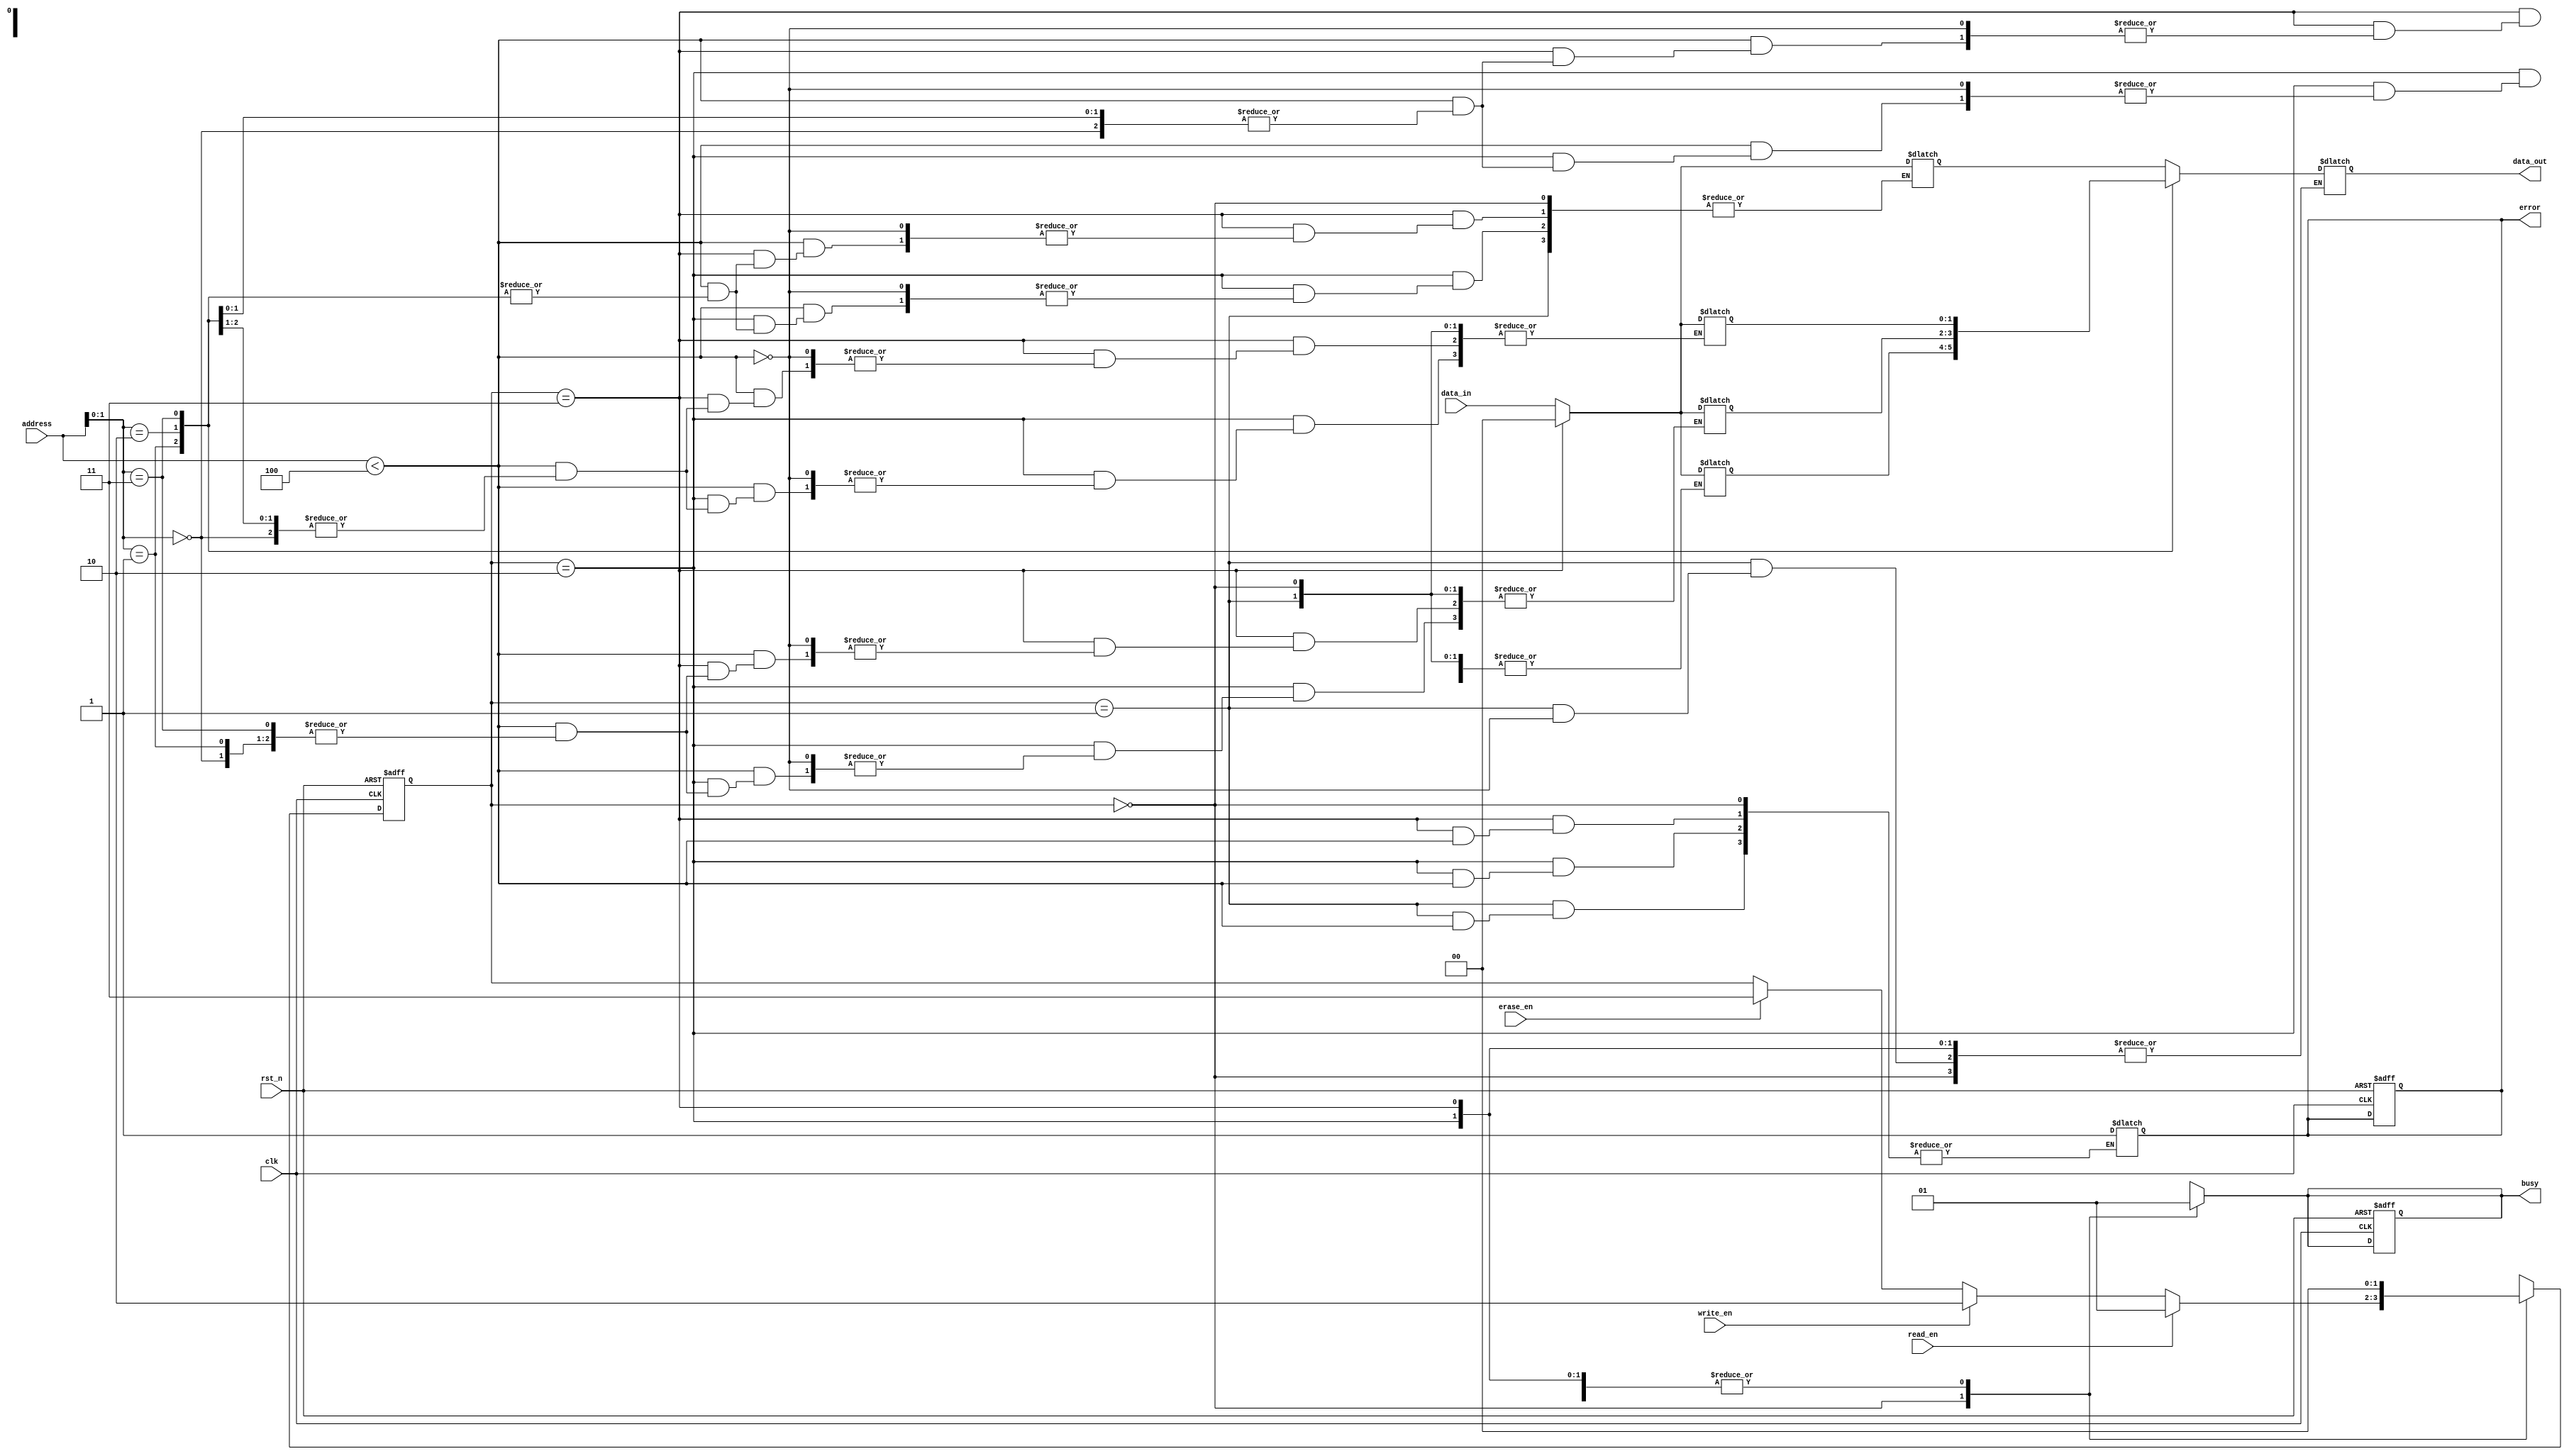
module mlc_eeprom (
    input wire clk,                // Clock signal
    input wire rst_n,              // Active low reset
    input wire [1:0] data_in,      // Data input (2 bits for MLC)
    input wire [7:0] address,       // Address input
    input wire read_en,            // Read enable
    input wire write_en,           // Write enable
    input wire erase_en,           // Erase enable
    output reg [1:0] data_out,     // Data output (2 bits for MLC)
    output reg busy,               // Busy signal
    output reg error               // Error signal
);

    // Memory array (4 cells for simplicity)
    reg [1:0] memory_array [0:3]; // 4 memory cells, each storing 2 bits
    reg [1:0] state;               // State variable for state machine
    reg [1:0] next_state;          // Next state variable

    // State encoding
    localparam IDLE      = 2'b00;
    localparam READ      = 2'b01;
    localparam WRITE     = 2'b10;
    localparam ERASE     = 2'b11;

    // State machine for operation control
    always @(posedge clk or negedge rst_n) begin
        if (!rst_n) begin
            state <= IDLE;
            busy <= 0;
            error <= 0;
        end else begin
            state <= next_state;
        end
    end

    // Next state logic
    always @(*) begin
        next_state = state;
        case (state)
            IDLE: begin
                busy = 0;
                if (read_en) begin
                    next_state = READ;
                end else if (write_en) begin
                    next_state = WRITE;
                end else if (erase_en) begin
                    next_state = ERASE;
                end
            end
            READ: begin
                busy = 1;
                if (address < 4) begin
                    data_out = memory_array[address]; // Read data from memory
                end else begin
                    error = 1; // Address out of range
                end
                next_state = IDLE;
            end
            WRITE: begin
                busy = 1;
                if (address < 4) begin
                    memory_array[address] = data_in; // Write data to memory
                end else begin
                    error = 1; // Address out of range
                end
                next_state = IDLE;
            end
            ERASE: begin
                busy = 1;
                if (address < 4) begin
                    memory_array[address] = 2'b00; // Erase data (set to 00)
                end else begin
                    error = 1; // Address out of range
                end
                next_state = IDLE;
            end
        endcase
    end

    // Voltage level generation (stubbed for simplicity)
    // In a real design, this would involve generating the appropriate voltages
    // for programming and erasing the EEPROM cells.
    task generate_program_voltage;
    begin
        // Logic to generate program voltage
    end
    endtask

    task generate_erase_voltage;
    begin
        // Logic to generate erase voltage
    end
    endtask

endmodule